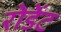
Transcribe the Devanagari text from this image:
रोडेंट